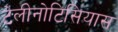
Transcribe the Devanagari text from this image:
टेलीनोटिसियास